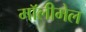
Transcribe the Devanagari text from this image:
मॉलीमेल